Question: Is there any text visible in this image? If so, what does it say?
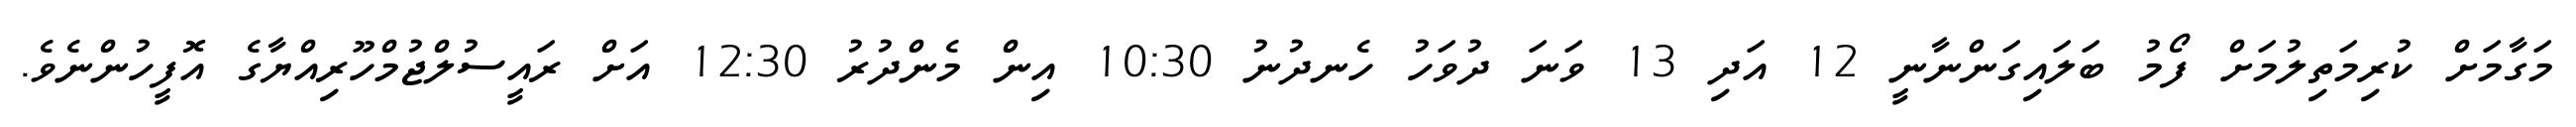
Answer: މަގާމަށް ކުރިމަތިލުމަށް ފޯމު ބަލައިގަންނާނީ 12 އަދި 13 ވަނަ ދުވަހު ހެނދުނު 10:30 އިން މެންދުރު 12:30 އަށް ރައީސުލްޖުމްހޫރިއްޔާގެ އޮފީހުންނެވެ.